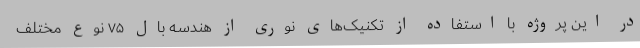
در این پروژه با استفاده از تکنیک‌های نوری از هندسه بال ۷۵ نوع مختلف